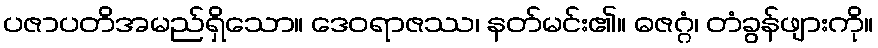
ပဇာပတိအမည်ရှိသော။ ဒေဝရာဇဿ၊ နတ်မင်း၏။ ဓဇဂ္ဂံ၊ တံခွန်ဖျားကို။